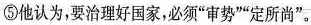
⑤他认为，要治理好国家，必须“审势”“定所尚”。